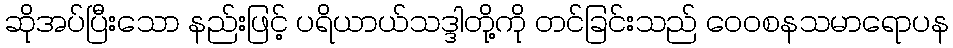
ဆိုအပ်ပြီးသော နည်းဖြင့် ပရိယာယ်သဒ္ဒါတို့ကို တင်ခြင်းသည် ဝေဝစနသမာရောပန